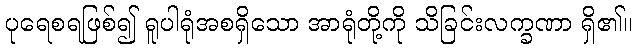
ပုရေစရဖြစ်၍ ရူပါရုံအစရှိသော အာရုံတို့ကို သိခြင်းလက္ခဏာ ရှိ၏။